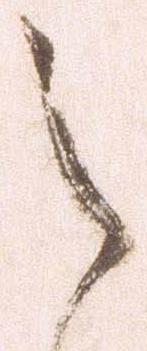
之